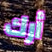
أرك